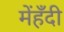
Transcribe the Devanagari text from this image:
मेंहँदी